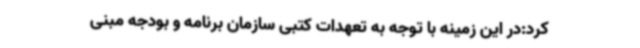
کرد:در این زمینه با توجه به تعهدات کتبی سازمان برنامه و بودجه مبنی